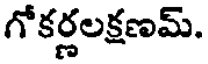
గోకర్ణలక్షణమ్.